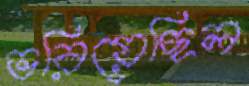
ভরিয়েছিল